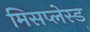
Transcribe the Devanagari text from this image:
मिसप्लेस्ड